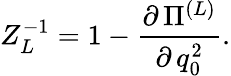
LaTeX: Z_{L}^{-1}=1-\frac{\partial\, \Pi^{(L)}}{\partial\, q_{0}^{2}}.